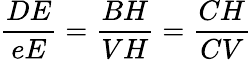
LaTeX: {\frac{DE}{eE}}={\frac{BH}{VH}}={\frac{CH}{CV}}